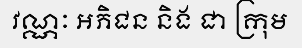
វណ្ណៈ អភិជន និង ជា ក្រុម